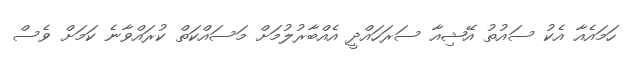
ހަމައެއާ އެކު ސައުތު އޭޝިއާ ސަރަހައްދީ އެއްބާރުލުމަށް މަސައްކަތް ކުރައްވާނެ ކަމަށް ވެސް